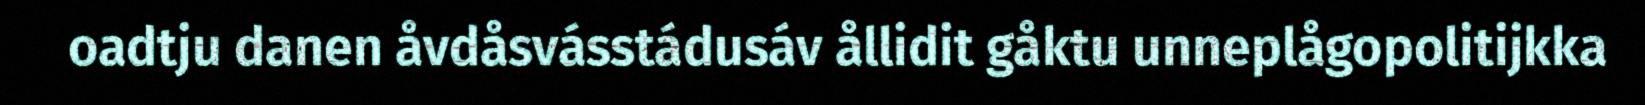
oadtju danen åvdåsvásstádusáv ållidit gåktu unneplågopolitijkka